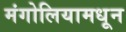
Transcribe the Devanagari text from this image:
मंगोलियामधून